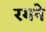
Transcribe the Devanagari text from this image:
रगने